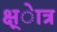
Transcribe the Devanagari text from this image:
क्ष्ेात्र